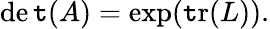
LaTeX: \operatorname*{de\mathtt{t}}(A)=\exp(\operatorname{\mathtt{t}r}(L)).